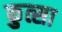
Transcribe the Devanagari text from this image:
कुत्सा